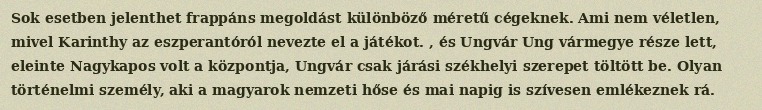
Sok esetben jelenthet frappáns megoldást különböző méretű cégeknek. Ami nem véletlen, mivel Karinthy az eszperantóról nevezte el a játékot. , és Ungvár Ung vármegye része lett, eleinte Nagykapos volt a központja, Ungvár csak járási székhelyi szerepet töltött be. Olyan történelmi személy, aki a magyarok nemzeti hőse és mai napig is szívesen emlékeznek rá.